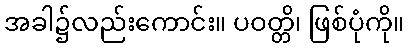
အခါ၌လည်းကောင်း။ ပဝတ္တိ၊ ဖြစ်ပုံကို။